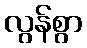
လွန်စွာ